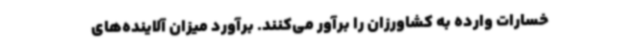
خسارات وارده به کشاورزان را برآور می‌کنند. برآورد میزان آلاینده‌های